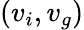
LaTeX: (v_{i},v_{g})